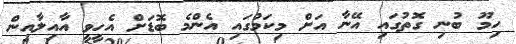
ހިމޫ ބުނި ގޮތުގައި އޭނާ އަށް މިކަމުގައި އެންމެ ބޮޑަށް އެހީވީ އާއިލާއިން